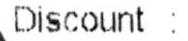
DISCOUNT :